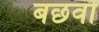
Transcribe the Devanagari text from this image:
बछवों